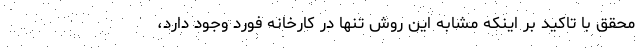
محقق با تاکید بر اینکه مشابه این روش تنها در کارخانه فورد وجود دارد،